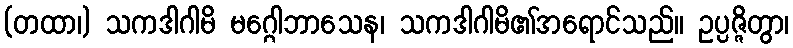
(တထာ၊) သကဒါဂါမိ မဂ္ဂေါဘာသေန၊ သကဒါဂါမိ၏အရောင်သည်။ ဥပ္ပဇ္ဇိတွာ၊